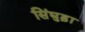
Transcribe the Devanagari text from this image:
सिंघुड़ा